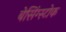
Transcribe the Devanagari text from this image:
बेसिंग्स्टोक